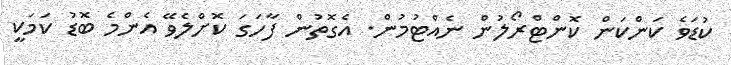
ކުޑަވެ ކަންކަން ކޮންޓްރޯލުން ނެއްޓުމުން. އެގޮތުން ފާހަގަ ކޮށްލެވޭ އެންމެ ބޮޑު ކަމަކީ